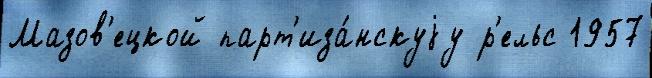
Мазов'ецкой парт'иза́нскуjу р'ельс 1957